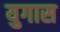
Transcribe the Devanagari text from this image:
युगास